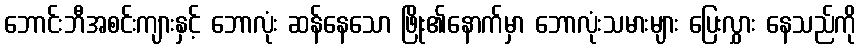
ဘောင်းဘီအစင်းကျားနှင့် ဘောလုံး ဆန်နေသော ဖြိုး၏နောက်မှာ ဘောလုံးသမားများ ပြေးလွှား နေသည်ကို